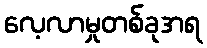
လေ့လာမှုတစ်ခုအရ